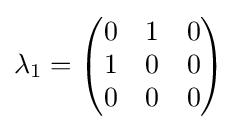
\lambda _{1}={\begin{pmatrix}0&1&0\\1&0&0\\0&0&0\end{pmatrix}}